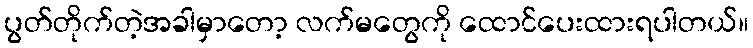
ပွတ်တိုက်တဲ့အခါမှာတော့ လက်မတွေကို ထောင်ပေးထားရပါတယ်။